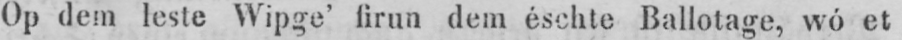
Op dem leste Wipge’ firun dem éschte Ballotage, wó et